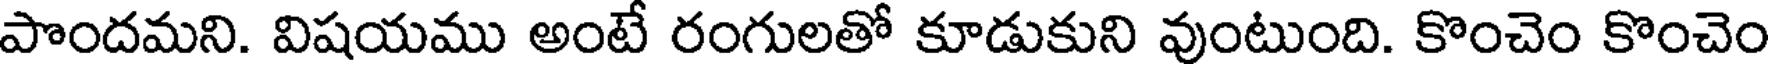
పొందమని. విషయము అంటే రంగులతో కూడుకుని వుంటుంది. కొంచెం కొంచెం